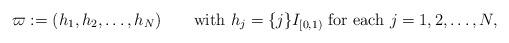
LaTeX: \begin{align*}\varpi:=(h_1,h_2,\ldots,h_N) \qquad\mbox{with } h_j=\{j\}I_{[0,1)}\mbox{ for each } j=1,2, \ldots,N,\end{align*}